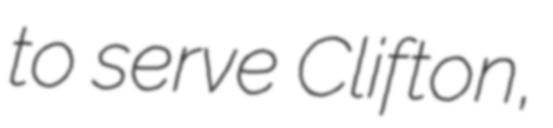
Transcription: to serve Clifton,